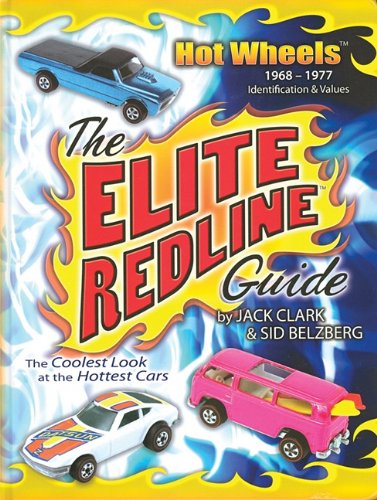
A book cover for The Elite Redline Guide: Hot Wheels(TM) 1968-1977 Indentification & Values; Jack Clark; Crafts, Hobbies & Home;